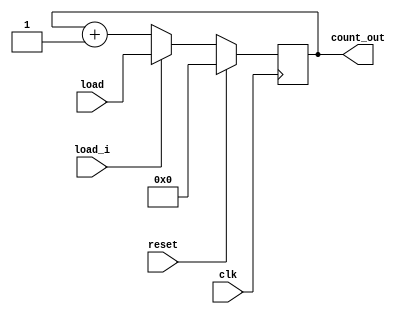
`timescale 1ns / 1ps
//////////////////////////////////////////////////////////////////////////////////
// Company: 
// Engineer: 
// 
// Design Name: 
// Module Name: reload_counter
// Project Name: 
// Target Devices: 
// Tool Versions: 
// Description: 
// 
// Dependencies: 
// 
// Revision:
// Revision 0.01 - File Created
// Additional Comments:
// 
//////////////////////////////////////////////////////////////////////////////////


module reload_counter(
    input load_i,
    input [3:0] load,
    input reset,
    input clk,
    output reg [3:0] count_out
    );
    
    
    always @(posedge clk) begin
        if (reset == 1'b1)
            count_out <= 4'b0;
        else begin
            if (load_i == 1'b0) begin
                    count_out = count_out + 1;
            end
            else 
                count_out <= load;
         end
    end

endmodule